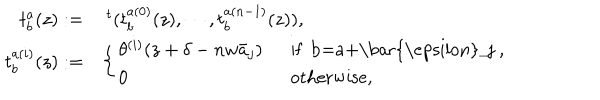
LaTeX: \begin{array} { r l } { { t _ { b } ^ { a } ( z ) : = } } & { { ~ ^ { t } ( t _ { b } ^ { a ( 0 ) } ( z ) , \cdots , t _ { b } ^ { a ( n - 1 ) } ( z ) ) , } } \\ { { t _ { b } ^ { a ( i ) } ( z ) : = } } & { { \left\{ \begin{array} { l l } { { \theta ^ { ( i ) } ( z + \delta - n w \bar { a } _ { j } ) ~ ~ } } & { { \mathrm { i f ~ b = a + \bar { \ e p s i l o n } _ { j } ~ , ~ } } } \\ { { 0 ~ ~ } } & { { \mathrm { o t h e r w i s e , } } } \\ \end{array} \right. } } \\ \end{array}